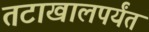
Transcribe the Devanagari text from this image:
तटाखालपर्यंत